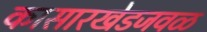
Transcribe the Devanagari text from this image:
कासारखेडजवळ